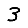
Digit: 3